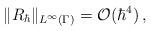
LaTeX: \begin{align*}\|R_{\hbar}\|_{L^\infty(\Gamma)} = \mathcal{O}(\hbar^4)\,,\end{align*}